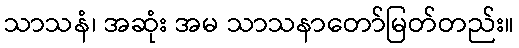
သာသနံ၊ အဆုံး အမ သာသနာတော်မြတ်တည်း။